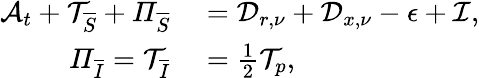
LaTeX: \begin{array}{rl}{\mathcal{A}_{t}+\mathcal{T}_{\overline{{S}}}+\mathit{\Pi}_{\overline{{S}}}}&{{}=\mathcal{D}_{r,\nu}+\mathcal{D}_{x,\nu}-\mathcal{\epsilon}+\mathcal{I},}\\ {\mathit{\Pi}_{\overline{{I}}}=\mathcal{T}_{\overline{{I}}}}&{{}=\frac{1}{2}\mathcal{T}_{p},}\end{array}